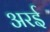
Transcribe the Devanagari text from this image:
अरई